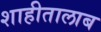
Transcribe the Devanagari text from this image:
शाहीतालाब